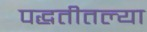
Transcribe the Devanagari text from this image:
पद्धतीतल्या